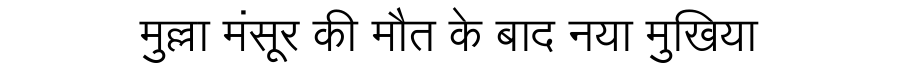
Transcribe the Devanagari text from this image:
मुल्ला मंसूर की मौत के बाद नया मुखिया